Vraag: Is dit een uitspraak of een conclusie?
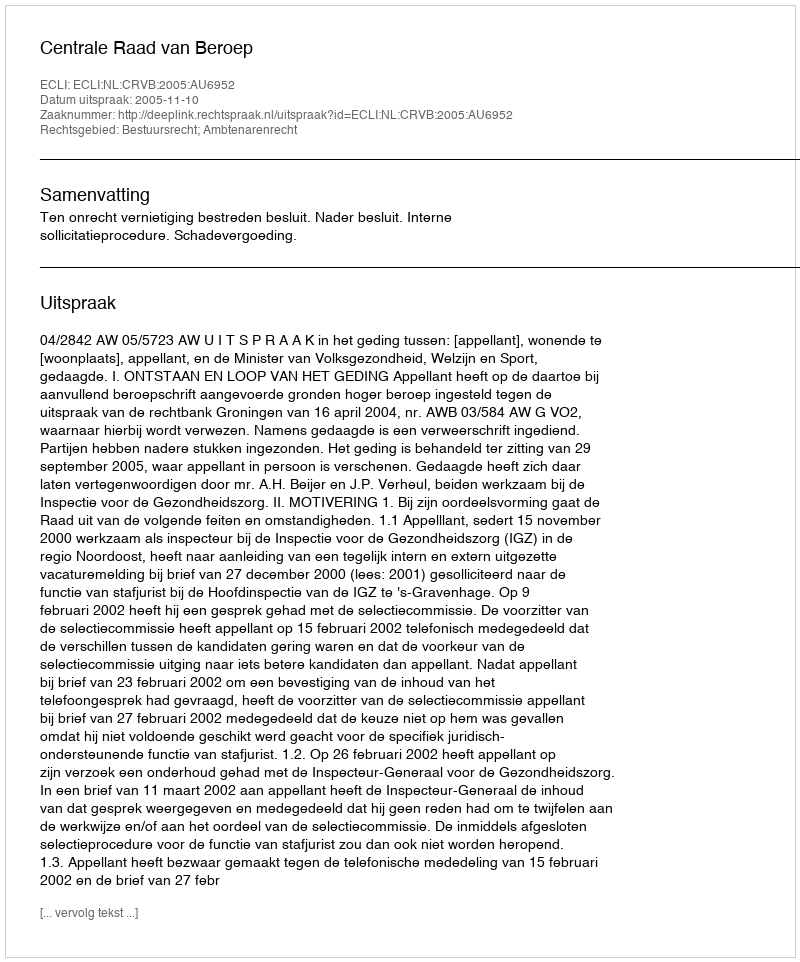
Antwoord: Uitspraak